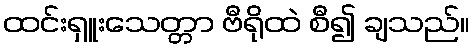
ထင်းရှူးသေတ္တာ ဗီရိုထဲ စီ၍ ချသည်။